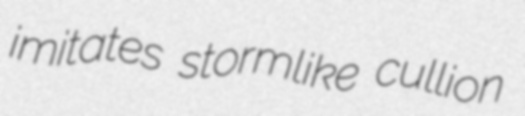
imitates stormlike cullion